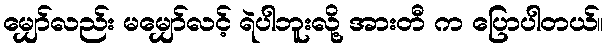
မျှော်လည်း မမျှော်လင့် ရဲပါဘူးလို့ အားတီ က ပြောပါတယ်။